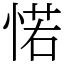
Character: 𢜪